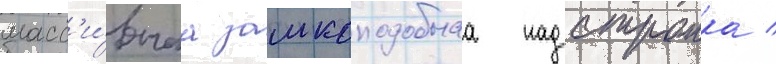
масс'и́внаа замкоподобнаа надстроика /